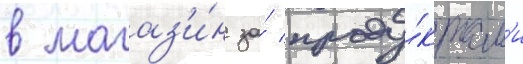
в магаз'и́н за́ проду́ктам'и